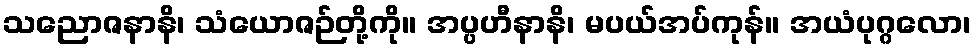
သညောဇနာနိ၊ သံယောဇဉ်တို့ကို။ အပ္ပဟီနာနိ၊ မပယ်အပ်ကုန်။ အယံပုဂ္ဂလော၊